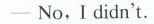
—No,I didn't.